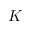
K